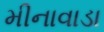
મીનાવાડા